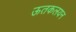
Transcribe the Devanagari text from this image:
ऊतकलयन